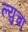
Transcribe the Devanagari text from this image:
ल्युचा